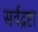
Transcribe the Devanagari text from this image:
सर्वद्रष्टा